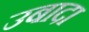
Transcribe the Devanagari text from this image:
उबादा